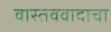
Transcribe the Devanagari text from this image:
वास्तववादाचा